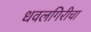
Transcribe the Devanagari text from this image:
धवलगिरीचा